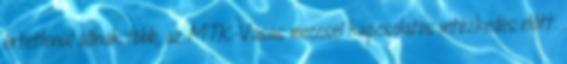
értetlenül állnak több, az MTK-Vasas meccsel kapcsolatos intézkedés előtt.